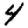
Digit: 4